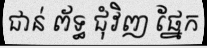
ជាន់ ព័ទ្ធ ជុំវិញ ផ្នែក